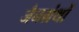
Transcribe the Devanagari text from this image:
जैनग्रंथों